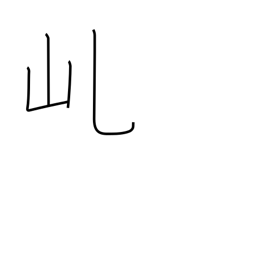
Meaning: mountain saddle